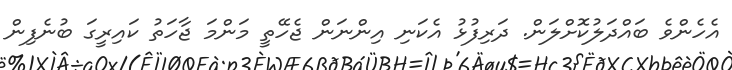
އެހެންވެ ބައްދަލުކޮށްލަން. ދަރިފުޅު އެކަނި އިންނަން ޖެހޭތީ މަންމަ ޖާހަތު ކައިރީގަ ބުނެފިން